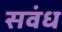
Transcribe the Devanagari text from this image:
सवंध